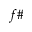
f \#